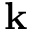
\textbf { k }